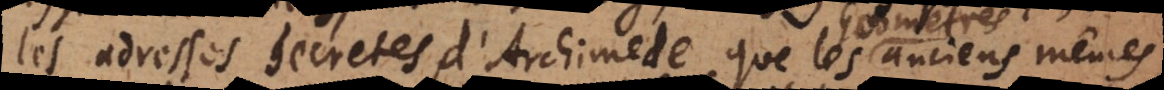
Les adresses secretes, d’Archimede, que les anciens même